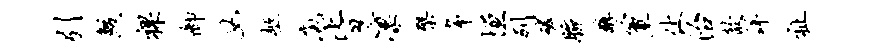
引鲛裸御女柩庖皆凛檗布垣列磷腕醇簟休治歆详祉